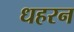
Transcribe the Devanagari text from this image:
धहरन